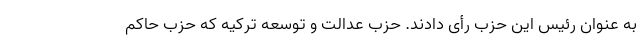
به عنوان رئیس این حزب رأی دادند. حزب عدالت و توسعه ترکیه که حزب حاکم